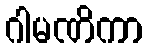
ဂါမဏိကာ